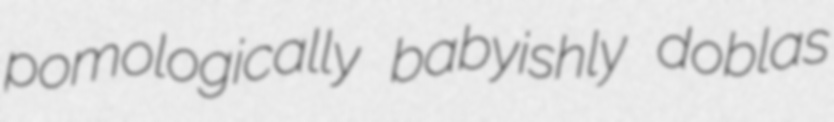
pomologically babyishly doblas